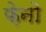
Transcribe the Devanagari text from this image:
फ़ेनो